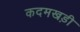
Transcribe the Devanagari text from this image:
कदमखड़ी